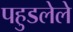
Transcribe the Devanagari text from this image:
पहुडलेले